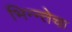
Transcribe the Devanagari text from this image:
भिन्न्तेचा